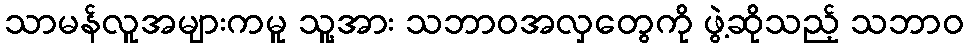
သာမန်လူအများကမူ သူ့အား သဘာဝအလှတွေကို ဖွဲ့ဆိုသည့် သဘာဝ